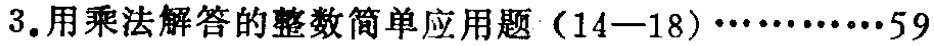
3.用乘法解答的整数简单应用题（14—18）\(\cdots\cdots\)59